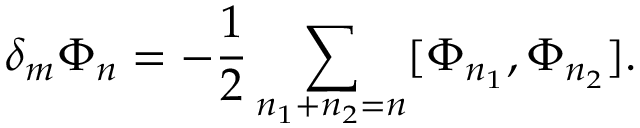
\delta _ { m } \Phi _ { n } = - \frac { 1 } { 2 } \sum _ { n _ { 1 } + n _ { 2 } = n } [ \Phi _ { n _ { 1 } } , \Phi _ { n _ { 2 } } ] .